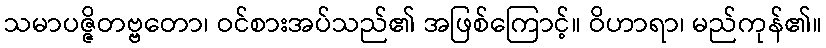
သမာပဇ္ဇိတဗ္ဗတော၊ ဝင်စားအပ်သည်၏ အဖြစ်ကြောင့်။ ဝိဟာရာ၊ မည်ကုန်၏။